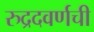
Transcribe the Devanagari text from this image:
रुद्रदवर्णची